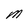
Character: M